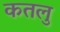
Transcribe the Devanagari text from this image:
कतलु